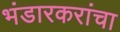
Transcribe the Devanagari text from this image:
भंडारकरांचा